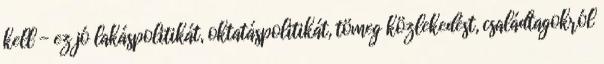
kell - ez jó lakáspolitikát, oktatáspolitikát, tömeg közlekedést, családtagokról